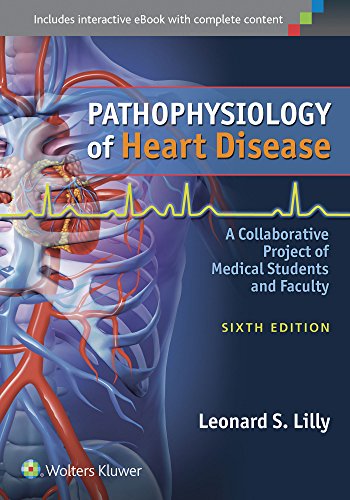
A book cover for Pathophysiology of Heart Disease: A Collaborative Project of Medical Students and Faculty; Leonard S. Lilly MD; Test Preparation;